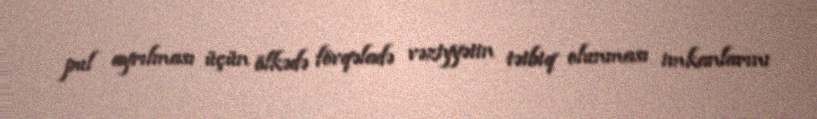
pul ayrılması üçün ölkədə fövqəladə vəziyyətin tətbiq olunması imkanlarını